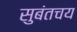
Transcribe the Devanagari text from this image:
सुबंतचय